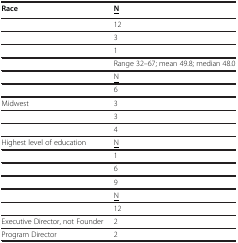
<table><thead><tr><td><b>Race</b></td><td><b><underline>N</underline></b></td></tr></thead><tbody><tr><td>[EMPTY_CELL]</td><td>12</td></tr><tr><td>[EMPTY_CELL]</td><td>3</td></tr><tr><td>[EMPTY_CELL]</td><td>1</td></tr><tr><td>[EMPTY_CELL]</td><td>Range 32–67; mean 49.8; median 48.0</td></tr><tr><td>[EMPTY_CELL]</td><td><underline>N</underline></td></tr><tr><td>[EMPTY_CELL]</td><td>6</td></tr><tr><td>Midwest</td><td>3</td></tr><tr><td>[EMPTY_CELL]</td><td>3</td></tr><tr><td>[EMPTY_CELL]</td><td>4</td></tr><tr><td>Highest level of education</td><td><underline>N</underline></td></tr><tr><td>[EMPTY_CELL]</td><td>1</td></tr><tr><td>[EMPTY_CELL]</td><td>6</td></tr><tr><td>[EMPTY_CELL]</td><td>9</td></tr><tr><td>[EMPTY_CELL]</td><td><underline>N</underline></td></tr><tr><td>[EMPTY_CELL]</td><td>12</td></tr><tr><td>Executive Director, not Founder</td><td>2</td></tr><tr><td>Program Director</td><td>2</td></tr></tbody></table>